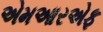
એમઆરએફ